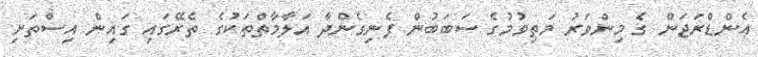
އެންޑްރަޖަން ގެ މިންވަރު މަތިވުމުގެ ސަބަބުން ފެނިގެންދާ އަލާމާތްތަކުގެ ތެރޭގައި ގައިން އިސްތަށި